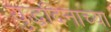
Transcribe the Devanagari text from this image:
युद्धदिनाच्या